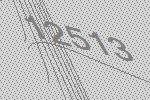
12513